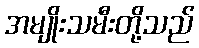
အမျိုးသမီးတို့သည်